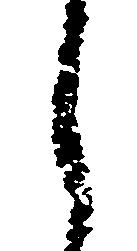
し